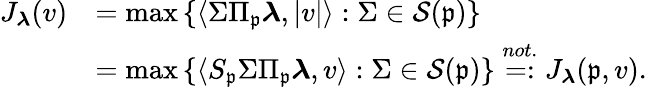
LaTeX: \begin{array}{rl}{J_{\boldsymbol{\lambda}}(v)}&{=\operatorname*{max}\left\{ \left\langle\Sigma\Pi_{\mathfrak{p}}\boldsymbol{\lambda},\vert v\vert\right\rangle:\Sigma\in\mathcal{S}(\mathfrak{p})\right\} }\\ &{=\operatorname*{max}\left\{ \left\langle S_{\mathfrak{p}}\Sigma\Pi_{\mathfrak{p}}\boldsymbol{\lambda},v\right\rangle:\Sigma\in\mathcal{S}(\mathfrak{p})\right\} \overset{not.}{=:}J_{\boldsymbol{\lambda}}(\mathfrak{p},v).}\end{array}